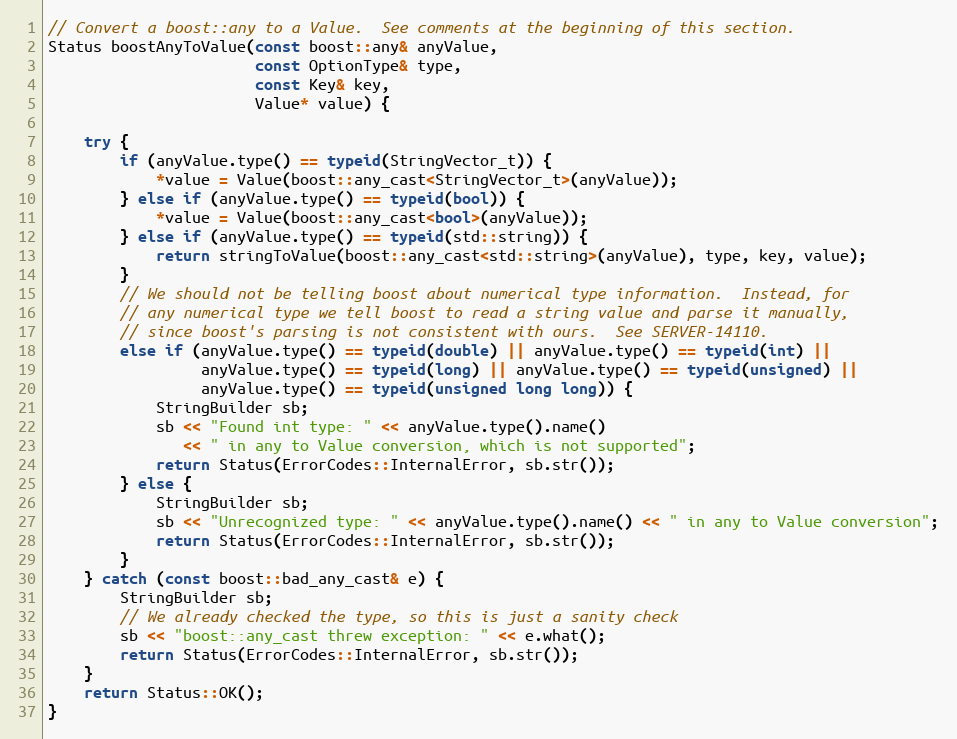
Language: C++
// Convert a boost::any to a Value.  See comments at the beginning of this section.
Status boostAnyToValue(const boost::any& anyValue,
                       const OptionType& type,
                       const Key& key,
                       Value* value) {

    try {
        if (anyValue.type() == typeid(StringVector_t)) {
            *value = Value(boost::any_cast<StringVector_t>(anyValue));
        } else if (anyValue.type() == typeid(bool)) {
            *value = Value(boost::any_cast<bool>(anyValue));
        } else if (anyValue.type() == typeid(std::string)) {
            return stringToValue(boost::any_cast<std::string>(anyValue), type, key, value);
        }
        // We should not be telling boost about numerical type information.  Instead, for
        // any numerical type we tell boost to read a string value and parse it manually,
        // since boost's parsing is not consistent with ours.  See SERVER-14110.
        else if (anyValue.type() == typeid(double) || anyValue.type() == typeid(int) ||
                 anyValue.type() == typeid(long) || anyValue.type() == typeid(unsigned) ||
                 anyValue.type() == typeid(unsigned long long)) {
            StringBuilder sb;
            sb << "Found int type: " << anyValue.type().name()
               << " in any to Value conversion, which is not supported";
            return Status(ErrorCodes::InternalError, sb.str());
        } else {
            StringBuilder sb;
            sb << "Unrecognized type: " << anyValue.type().name() << " in any to Value conversion";
            return Status(ErrorCodes::InternalError, sb.str());
        }
    } catch (const boost::bad_any_cast& e) {
        StringBuilder sb;
        // We already checked the type, so this is just a sanity check
        sb << "boost::any_cast threw exception: " << e.what();
        return Status(ErrorCodes::InternalError, sb.str());
    }
    return Status::OK();
}